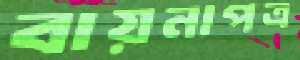
বায়নাপত্র